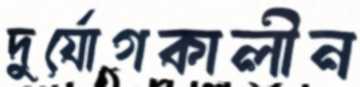
দুর্যোগকালীন